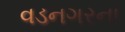
વડનગરના